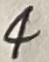
Text: 4